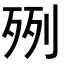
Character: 𣧿